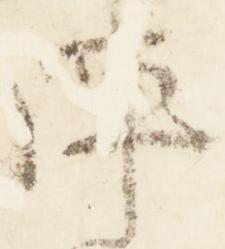
陣